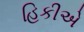
હિકીએ